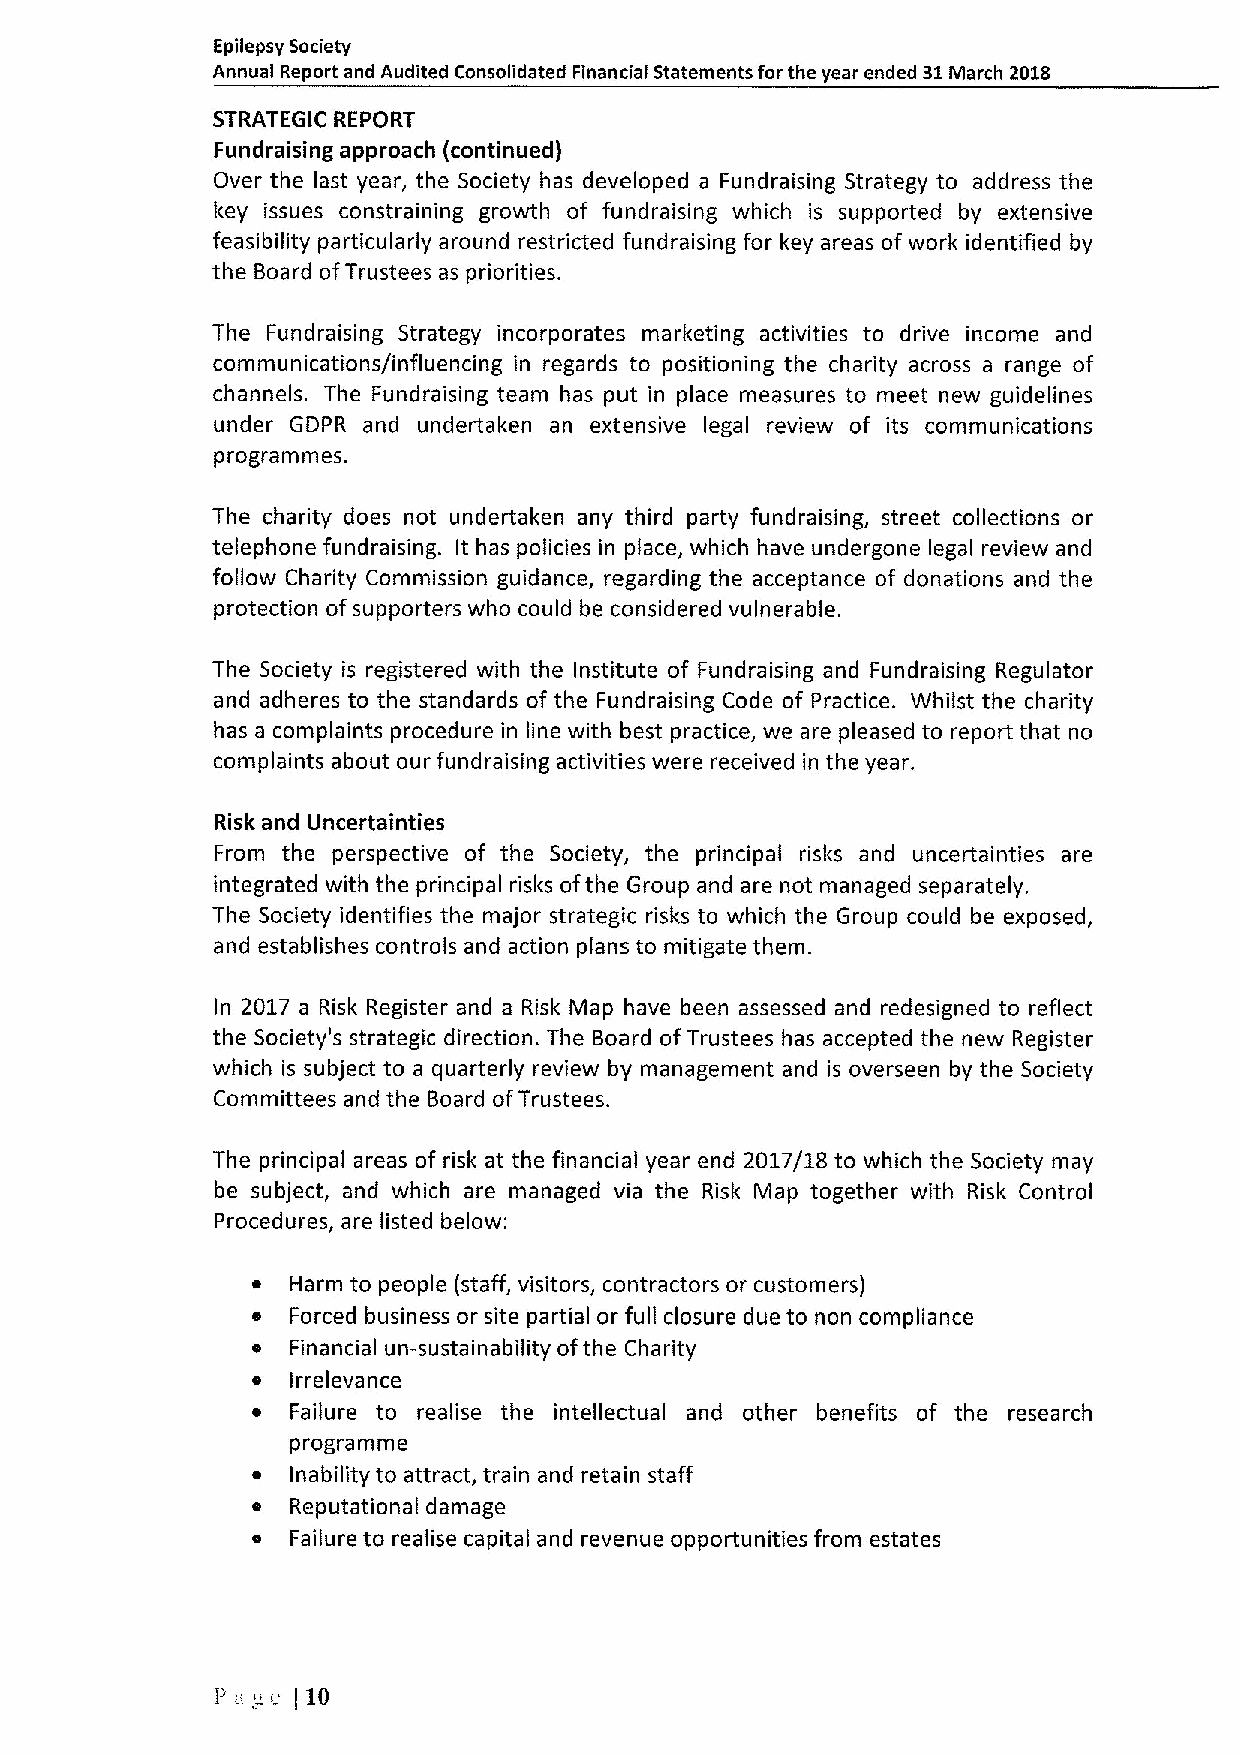
Epilepsy Society
 Annual Report and Audited Consolidated Financial Statements for the year ended 31lyiarch 2018
 STRATEGIC REPORT
 Fundraising approach (continued)
 Over the last year, the Society has developed a Fundraising Strategy to address the
 key issues constraining growth of fundraising which is supported by extensive
 feasibility particularly around restricted fundraising for l&ey areas ofwork identified by
 the Board ofTrustees as priorities.
 The Fundraising Strategy incorporates marketing activities to drive income and
 communications/influencing in regards to positioning the charity across a range of
 channels. The Fundraising team has put in place measures to meet new guidelines
 under GDPR and undertaken an extensive legal review of its communications
 programmes.
 The charity does not undertaken any third party fundraising, street collections or
 telephone fundraising. It has policies in place, which have undergone legal review and
 follow Charity Commission guidance, regarding the acceptance of donations and the
 protection ofsupporters who could be considered vulnerable.
 The Society is registered with the Institute of Fundraising and Fundraising Regulator
 and adheres to the standards of the Fundraising Code of Practice. Whilst the charity
 has a complaints procedure in line with best practice, we are pleased to report that no
 complaints about our fundraising activities were received in the year.
 Risk and Uncertainties
 From the perspective of the Society, the principal risks and uncertainties are
 integrated with the principal risks ofthe Group and are not managed separately.
 The Society identifies the major strategic risks to which the Group could be exposed,
 and establishes controls and action plans to mitigate them.
 In 2017 a Risk Register and a Risk Map have been assessed and redesigned to reflect
 the Society's strategic direction. The Board ofTrustees has accepted the new Register
 which is subject to a quarterly review by management and is overseen by the Society
 Committees and the Board ofTrustees.
 The principal areas of risk at the financial year end 2017/18 to which the Society may
 be subject, and which are managed via the Risk Map together with Risk Control
 Procedures, are listed below:
 Harm to people (staff, visitors, contractors or customers)
 e Forced business or site partial or full closure due to non compliance
 e Financial un-sustainability ofthe Charity
 e Irrelevance
 e Failure to realise the intellectual and other benefits of the research
 programme
 e Inability to attract, train and retain staff
 e Reputational damage
 e Failure to realise capital and revenue opportunities from estates
 Pu  c j10